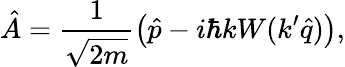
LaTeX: \hat{A}=\frac{1}{\sqrt{2m}}\big(\hat{p}-i\hbar kW(k^{\prime}\hat{q})\big),